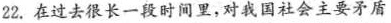
22.在过去很长一段时间里，对我国社会主要矛盾